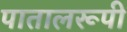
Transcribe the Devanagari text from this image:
पातालरूपी